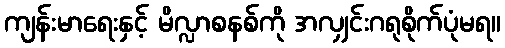
ကျန်းမာရေးနှင့် မိလ္လာစနစ်ကို အလျှင်းဂရုစိုက်ပုံမရ။